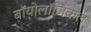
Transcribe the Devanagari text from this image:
बॉयोलॉजिकल